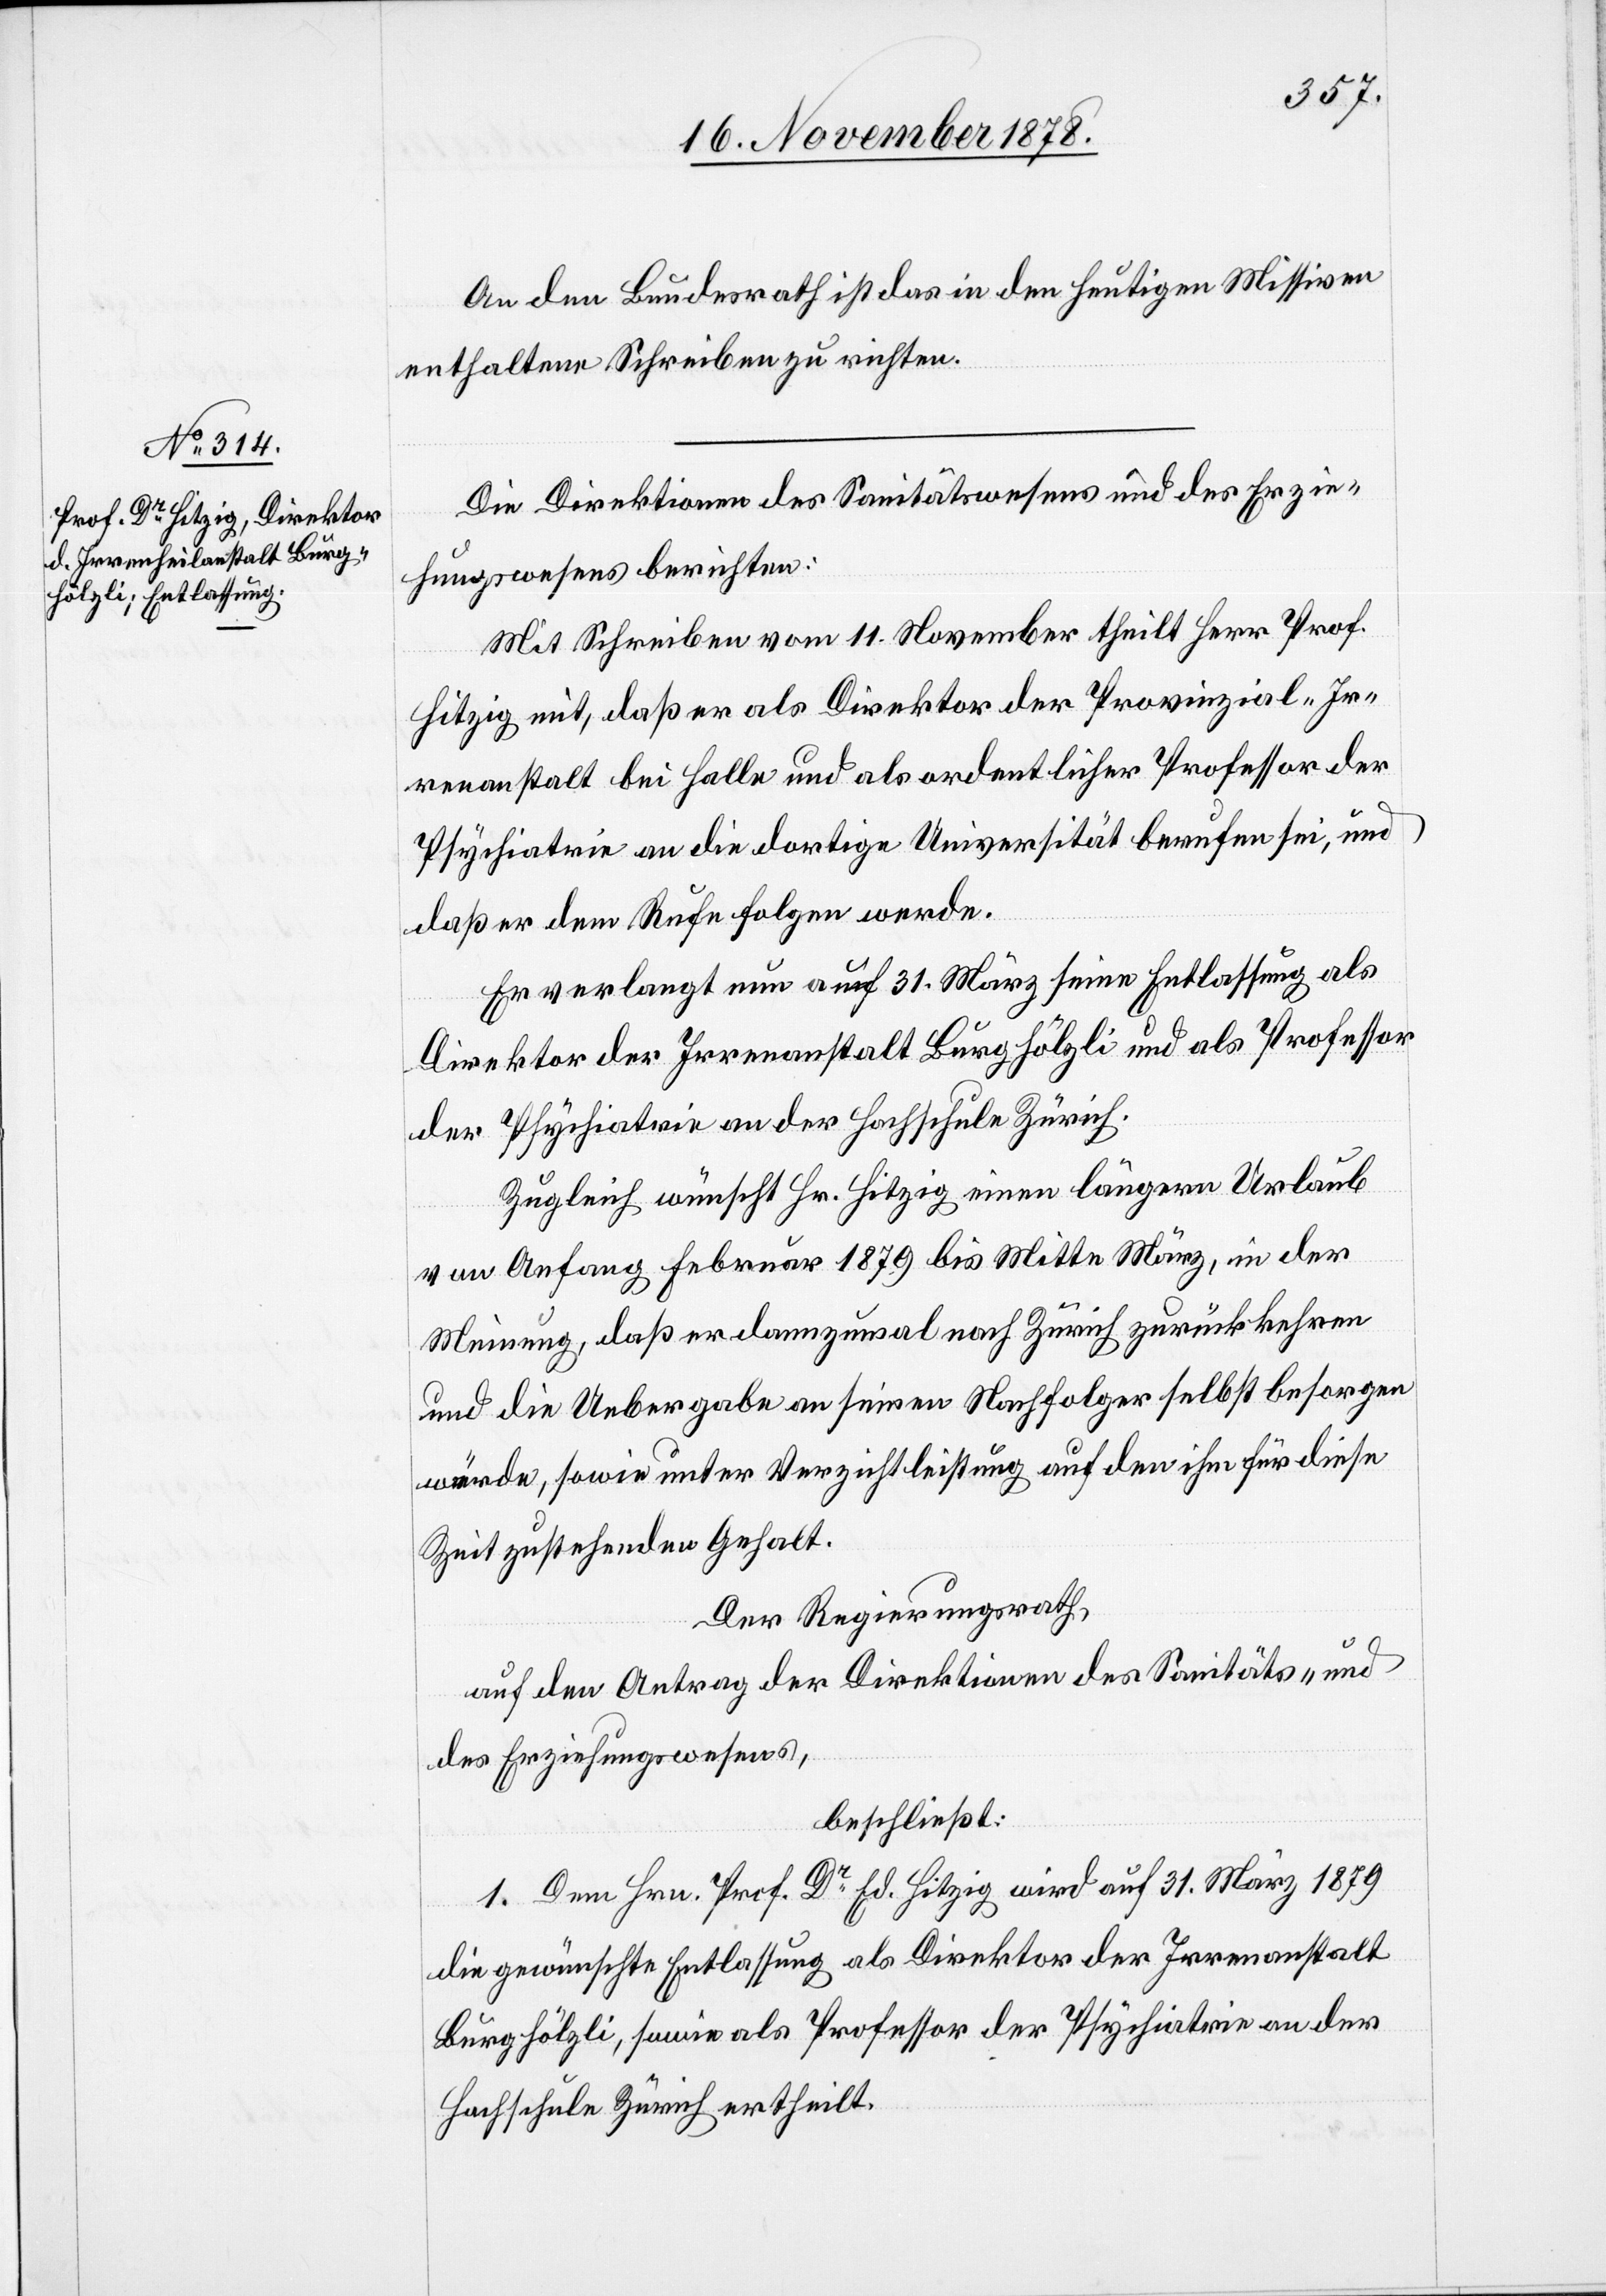
An den Bundesrath ist das in den heutigen Missiven
enthaltene Schreiben zu richten.
Die Direktionen des Sanitätswesens und des Erzie¬
hungswesens berichten:
Mit Schreiben vom 11. November theilt Herr Prof.
Hitzig mit, daß er als Direktor der Provinzial-Ir¬
renanstalt bei Halle und als ordentlicher Professor der
Psychiatrie an die dortige Universität berufen sei, und
daß er dem Rufe folgen werde.
Er verlangt nun auf 31. März seine Entlassung als
Direktor der Irrenanstalt Burghölzli und als Professor
der Psychiatrie an der Hochschule Zürich.
Zugleich wünscht Hr. Hitzig einen längern Urlaub
von Anfang Februar 1879 bis Mitte März, in der
Meinung, daß er dannzumal nach Zürich zurückkehren
und die Uebergabe an seinen Nachfolger selbst besorgen
würde, sowie unter Verzichtleistung auf den ihm für diese
Zeit zustehenden Gehalt.
Der Regierungsrath,
auf den Antrag der Direktionen des Sanitäts- &
des Erziehungswesens,
beschließt:
1. Dem Hrn. Prof. Dr Ed. Hitzig wird auf 31. März 1879
die gewünschte Entlassung als Direktor der Irrenanstalt
Burghözli, sowie als Professor der Psychiatrie an der
Hochschule Zürich ertheilt.